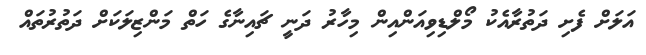
އަލަށް ފެށި ދަތުރާއެކު މޯލްޑިވިއަންއިން މިހާރު ދަނީ ޗައިނާގެ ހަތް މަންޒިލަކަށް ދަތުރުތައް